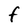
Character: F